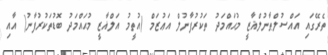
ތެރޭގައި އައްސުލްޠާނުލްޣާޒީ މުޙައްމަދު ތަކުރުފާނުލް އަޢުޒަމް (އުތީމު އަލްޣާޒީ މުޙައްމަދު ބޮޑުތަކުރުފާނު) އާއި